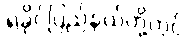
ရခိုင်ပြည်နယ်တို့တွင်